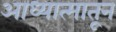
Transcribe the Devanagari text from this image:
आध्यात्मातून